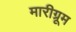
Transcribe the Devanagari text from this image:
मारीग्रूम